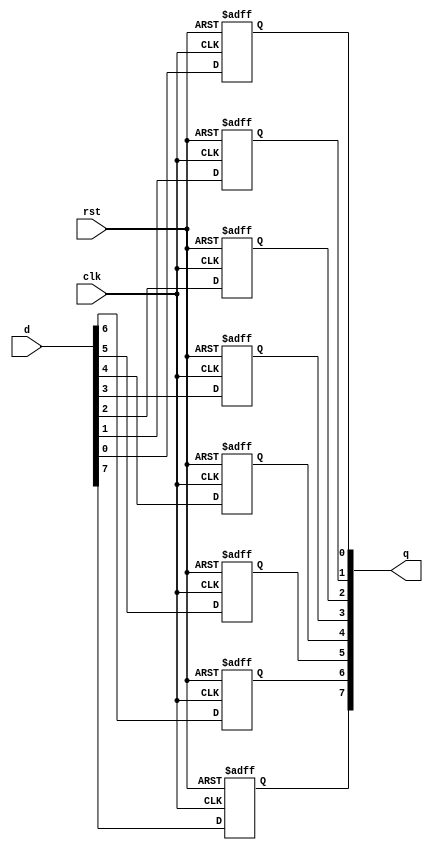
module generate_loop_example #(
    parameter NUM_INSTANCES = 8  // Number of instances to generate
)(
    input wire clk,
    input wire rst,
    input wire [NUM_INSTANCES-1:0] d, // Data inputs for each flip-flop
    output reg [NUM_INSTANCES-1:0] q   // Outputs from each flip-flop
);

    // Generate loop prototype
    genvar i;
    generate
        for (i = 0; i < NUM_INSTANCES; i = i + 1) begin : flip_flop_gen
            always @(posedge clk or posedge rst) begin
                if (rst)
                    q[i] <= 1'b0; // Reset condition
                else
                    q[i] <= d[i]; // Data input to output
            end
        end
    endgenerate

endmodule